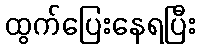
ထွက်ပြေးနေရပြီး